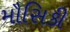
મૌસિકી